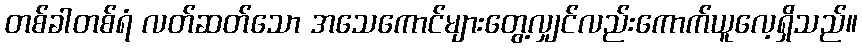
တစ်ခါတစ်ရံ လတ်ဆတ်သော အသေကောင်များတွေ့လျှင်လည်းကောက်ယူလေ့ရှိသည်။